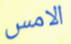
الامس